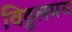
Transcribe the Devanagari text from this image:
विठ्ठलमय